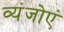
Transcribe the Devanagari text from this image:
व्यंजोएं